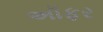
અૉફર